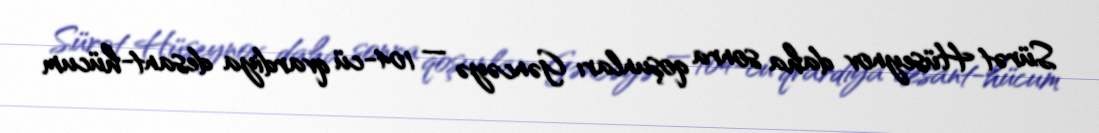
Sürət Hüseynov daha sonra qoşunları Gəncəyə — 104-cü qvardiya desant-hücum